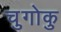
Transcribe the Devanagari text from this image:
चुगोकु